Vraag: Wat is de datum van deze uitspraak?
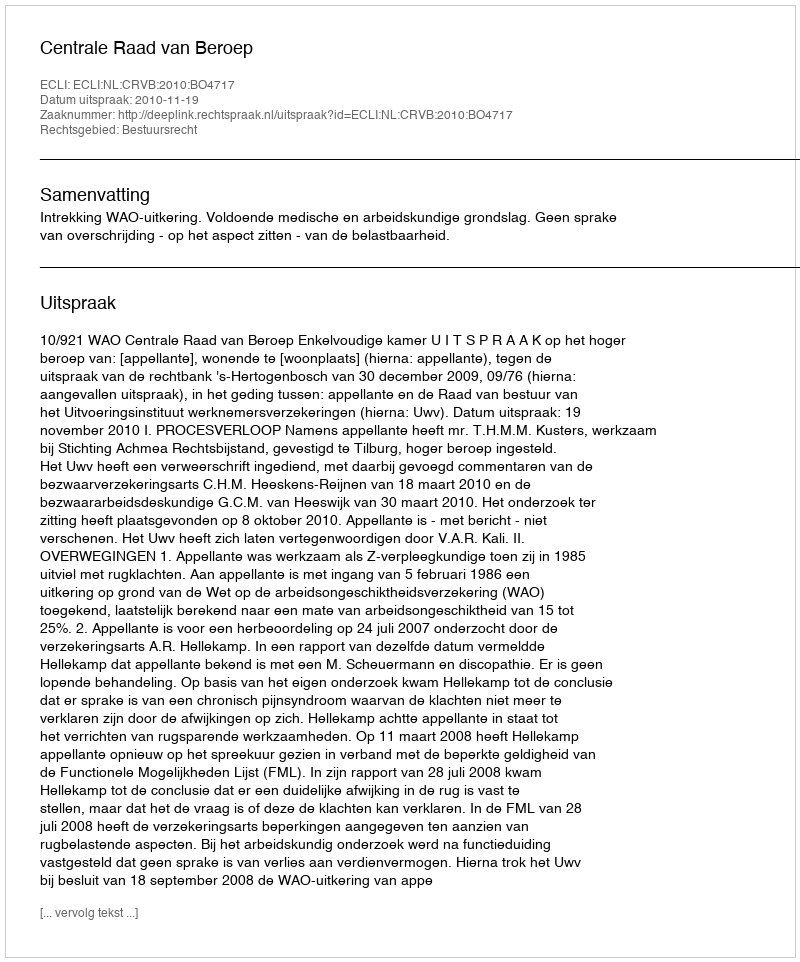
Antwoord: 2010-11-19